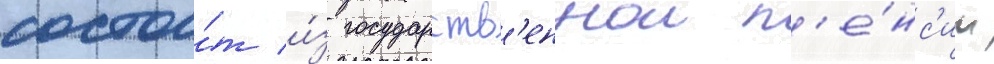
состои́т и́з государств'еннои п'е́нс'ии